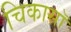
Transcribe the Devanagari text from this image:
चिकासॉ